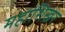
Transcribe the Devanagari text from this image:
महाशिखर